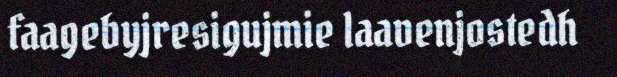
faagebyjresigujmie laavenjostedh